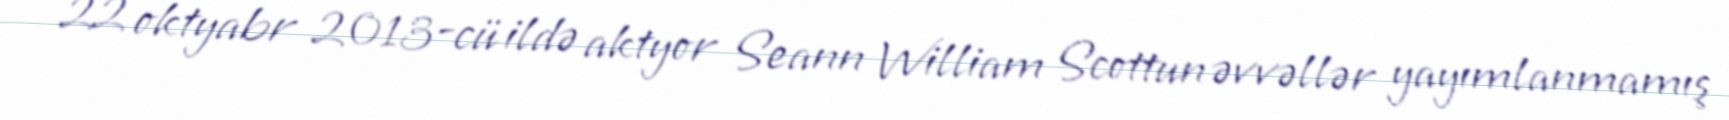
22 oktyabr 2013-cü ildə aktyor Seann William Scottun əvvəllər yayımlanmamış